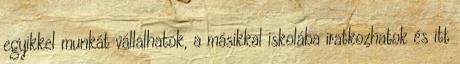
egyikkel munkát vállalhatok, a másikkal iskolába iratkozhatok és itt